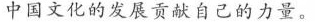
中国文化的发展贡献自己的力量。